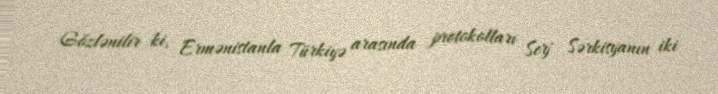
Gözlənilir ki, Ermənistanla Türkiyə arasında protokolları Serj Sərkisyanın iki